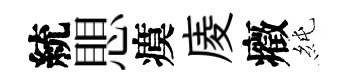
統愳瘼庱癥純